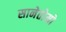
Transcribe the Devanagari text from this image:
सानेतोमो